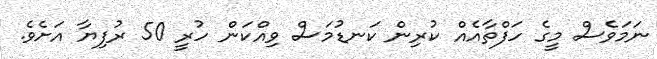
ނަމަވެސް މީގެ ހަފްތާއެއް ކުރިން ކަނޑުމަސް ވިއްކަން ހުރީ 50 ރުފިޔާ އަށެވެ.